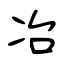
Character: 冶